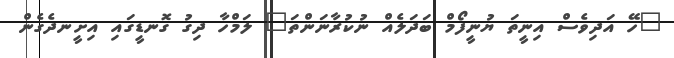
"ހޭ އަދިވެސް އިނީތަ ޔުނީފޯމް ބަދަލެއް ނުކުރާނަންތަ" ލަމްހާ ދިގު ގޮނޑީގައި އިށީނދެގެން